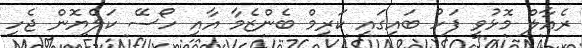
ރެއާލް މޮޅުވީ ފަހު ބައިގައި ކަރިމް ބެންޒެމާ އާއި ހޯސޭ ކަލެޔޮން ޖެހި